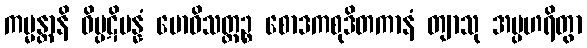
ကမ္မန္တာနိ ဝိပ္ပဋိပန္နံ ဗောဓိသတ္တဉ္စ စောဒကစုဒိတကာနံ တျာသု အပ္ပဟရိတွာ